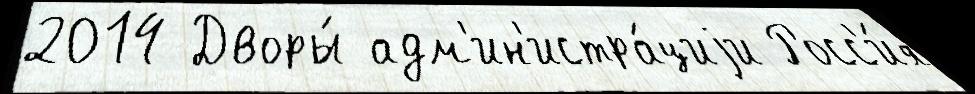
2014 Дворы́ адм'ин'истра́циjи Росс'и́я